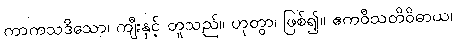
ကာကသဒိသော၊ ကျီးနှင့် တူသည်။ ဟုတွာ၊ ဖြစ်၍။ ဧကဝီသတိဝိဓာယ၊